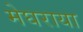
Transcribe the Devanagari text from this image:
मेघराया